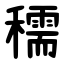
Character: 穤